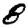
Digit: 8